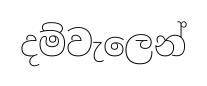
දම්වැලෙන්